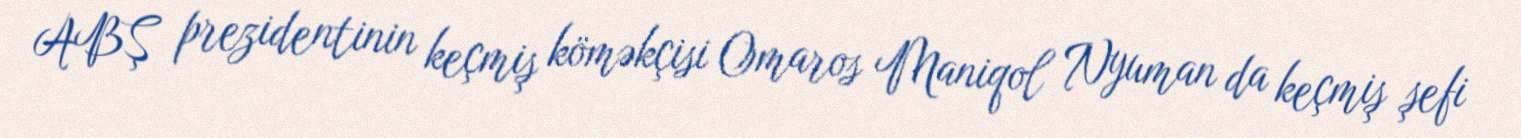
ABŞ prezidentinin keçmiş köməkçisi Omaros Maniqol Nyuman da keçmiş şefi